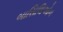
બાસિલિઓન